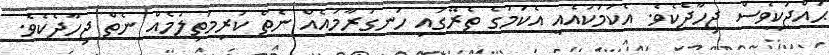
ޙައްޖަކީވެސް ޖިހާދެކެވެ. އެކަމަކުއެއީ އެކަމުގެ ތެރޭގައި ހަނގުރާމައެއް ނެތް ކުރިމަތިލުމެއް ނެތް ޖިހާދެކެވެ.